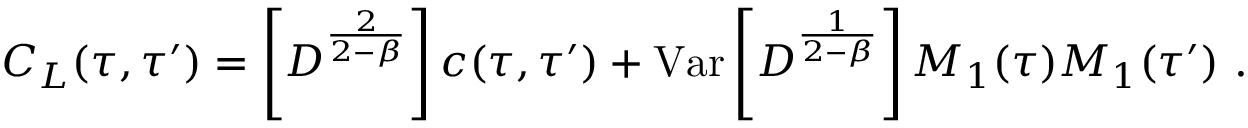
\begin{array} { r } { C _ { L } ( \tau , \tau ^ { \prime } ) = \left[ D ^ { \frac { 2 } { 2 - \beta } } \right] c ( \tau , \tau ^ { \prime } ) + \mathrm { V a r } \left[ D ^ { \frac { 1 } { 2 - \beta } } \right] M _ { 1 } ( \tau ) M _ { 1 } ( \tau ^ { \prime } ) \ . } \end{array}